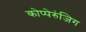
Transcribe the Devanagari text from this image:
कोप्पेरुंजिग